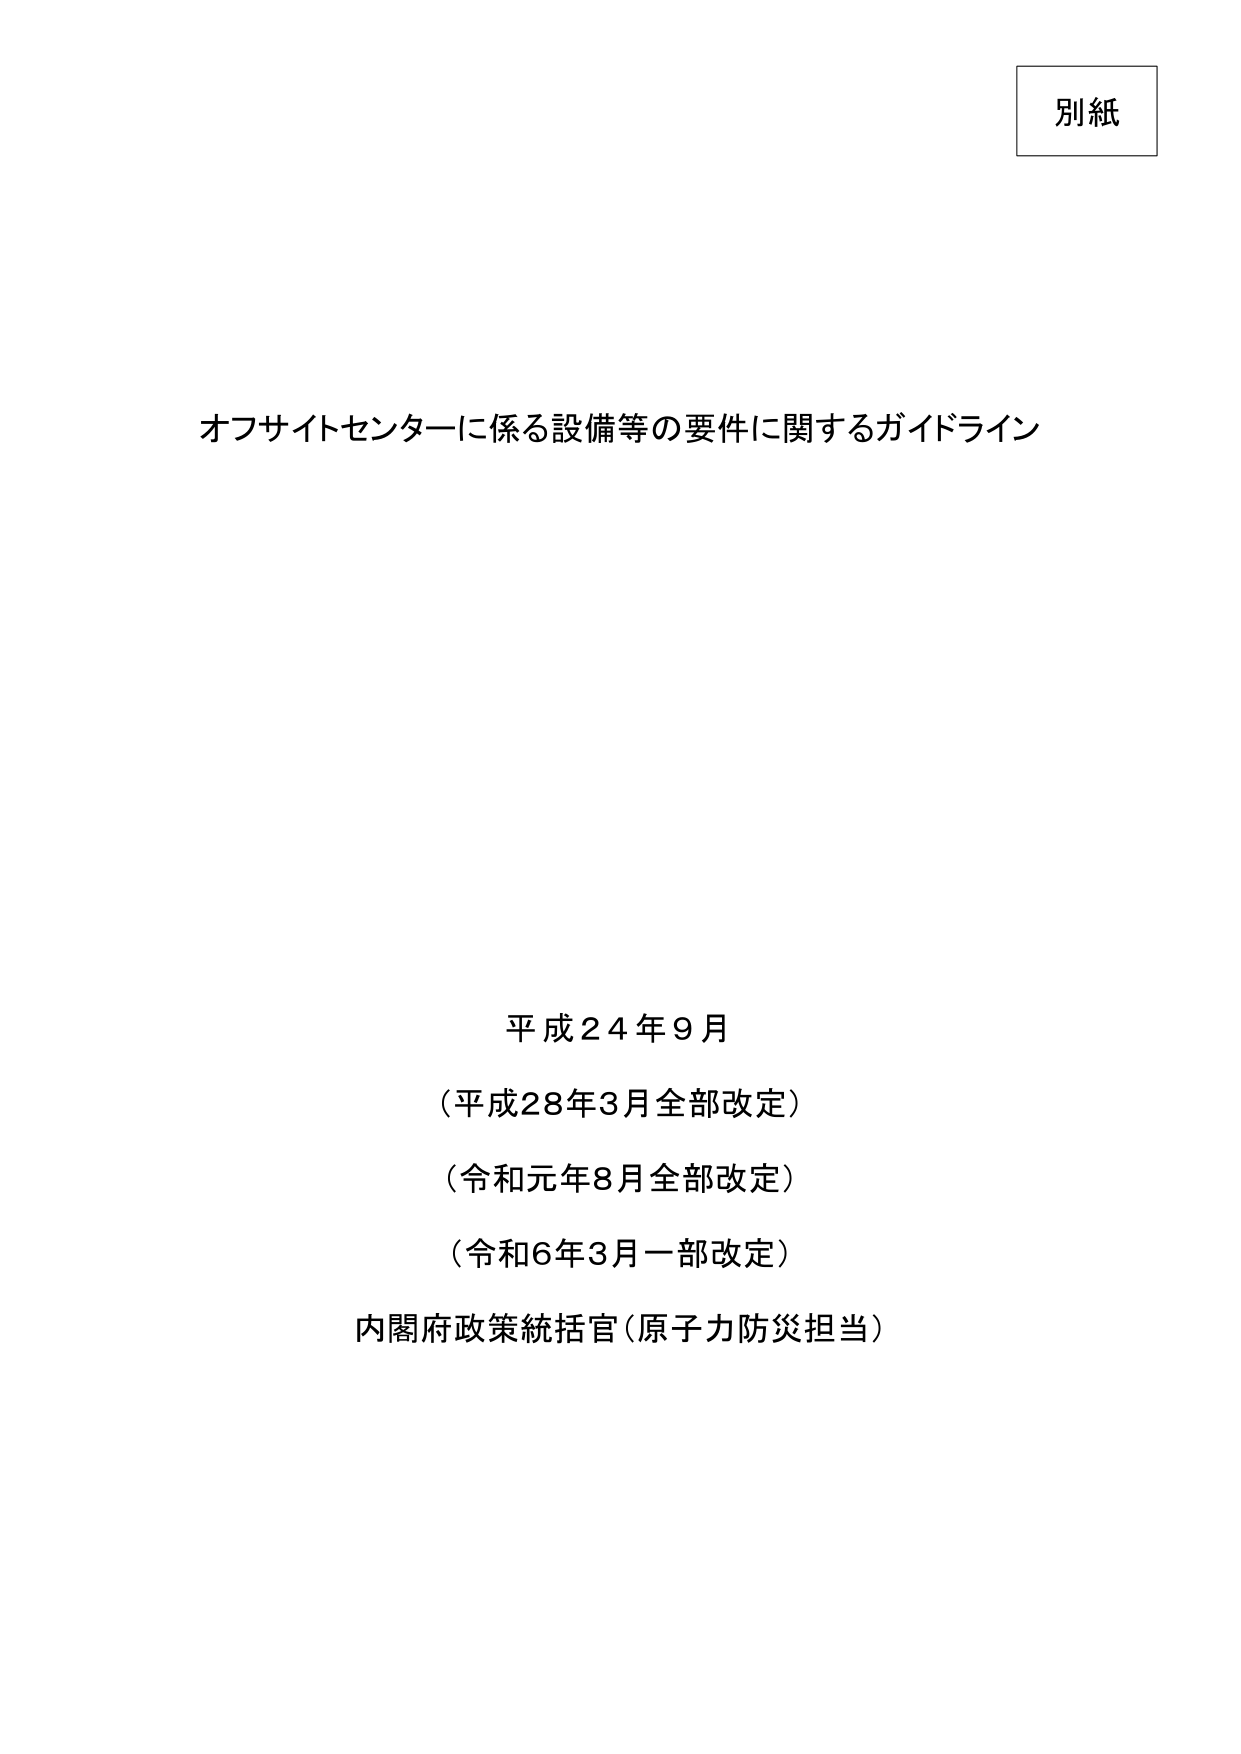
別紙

オフサイトセンターに係る設備等の要件に関するガイドライン

平成24年9月
（平成28年3月全部改定）
（令和元年8月全部改定）
（令和6年3月一部改定）
内閣府政策統括官（原子力防災担当）